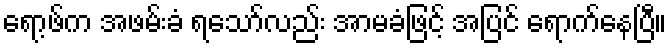
ရော့ဖ်က အဖမ်းခံ ရသော်လည်း အာမခံဖြင့် အပြင် ရောက်နေပြီ။